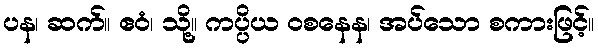
ပန၊ ဆက်။ ဧဝံ၊ သို့။ ကပ္ပိယ ဝစနေန၊ အပ်သော စကားဖြင့်။